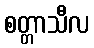
စတ္တာသီလ